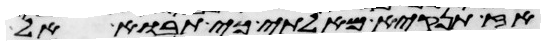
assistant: אז תנקיא מאלתי כי תבוא אל